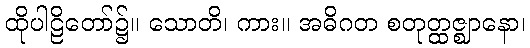
ထိုပါဠိတော်၌။ သောတိ၊ ကား။ အဓိဂတ စတုတ္ထဇ္ဈာနော၊